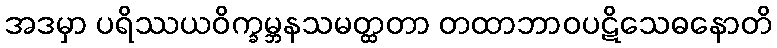
အဒမှာ ပရိဿယဝိက္ခမ္ဘနသမတ္ထတာ တထာဘာဝပဋိသေဓနောတိ